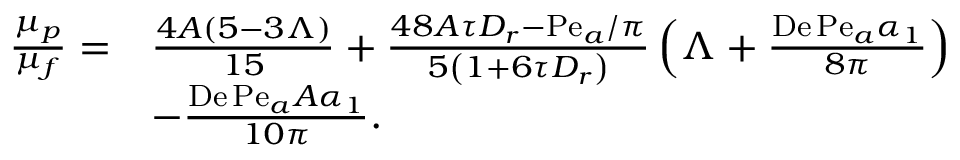
\begin{array} { r l } { \frac { \mu _ { p } } { \mu _ { f } } = } & { \frac { 4 A ( 5 - 3 \Lambda ) } { 1 5 } + \frac { 4 8 A \tau D _ { r } - \mathrm { P e } _ { a } / \pi } { 5 \left( 1 + 6 \tau D _ { r } \right) } \left( \Lambda + \frac { \mathrm { D e } \, \mathrm { P e } _ { a } \alpha _ { 1 } } { 8 \pi } \right) } \\ & { - \frac { \mathrm { D e } \, \mathrm { P e } _ { a } A \alpha _ { 1 } } { 1 0 \pi } . } \end{array}